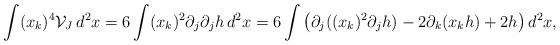
LaTeX: \begin{align*}\int (x_{k})^{4}\mathcal{V}_{J}\, d^{2}x=6\int (x_{k})^{2}\partial_{j}\partial_{j}h \, d^{2}x=6\int \left(\partial_{j}((x_{k})^{2} \partial_{j}h)-2\partial_{k}(x_{k}h) +2 h \right) d^{2}x,\end{align*}